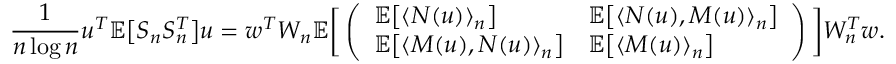
\frac { 1 } { n \log n } u ^ { T } \mathbb { E } \big [ S _ { n } S _ { n } ^ { T } \big ] u = w ^ { T } W _ { n } \mathbb { E } \bigg [ \left( \begin{array} { l l } { \mathbb { E } \big [ \langle N ( u ) \rangle _ { n } \big ] } & { \mathbb { E } \big [ \langle N ( u ) , M ( u ) \rangle _ { n } \big ] } \\ { \mathbb { E } \big [ \langle M ( u ) , N ( u ) \rangle _ { n } \big ] } & { \mathbb { E } \big [ \langle M ( u ) \rangle _ { n } \big ] } \end{array} \right) \bigg ] W _ { n } ^ { T } w .